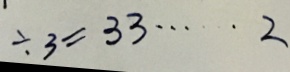
\div 3 = 3 3 \cdots 2